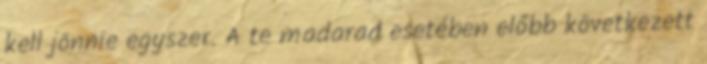
kell jönnie egyszer. A te madarad esetében előbb következett